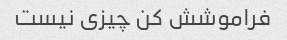
فراموشش کن چیزی نیست